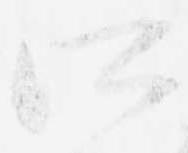
所